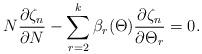
LaTeX: \begin{align*}N \frac{\partial\zeta_n}{\partial N} - \sum^k_{r=2} \beta_r(\Theta) \frac{\partial\zeta_n}{\partial\Theta_r} = 0.\end{align*}